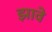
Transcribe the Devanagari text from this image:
झावे